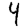
Digit: 4